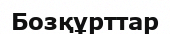
Бозқұрттар